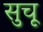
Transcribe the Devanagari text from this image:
सुचू